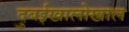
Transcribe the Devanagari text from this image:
दुबईखालोखाल